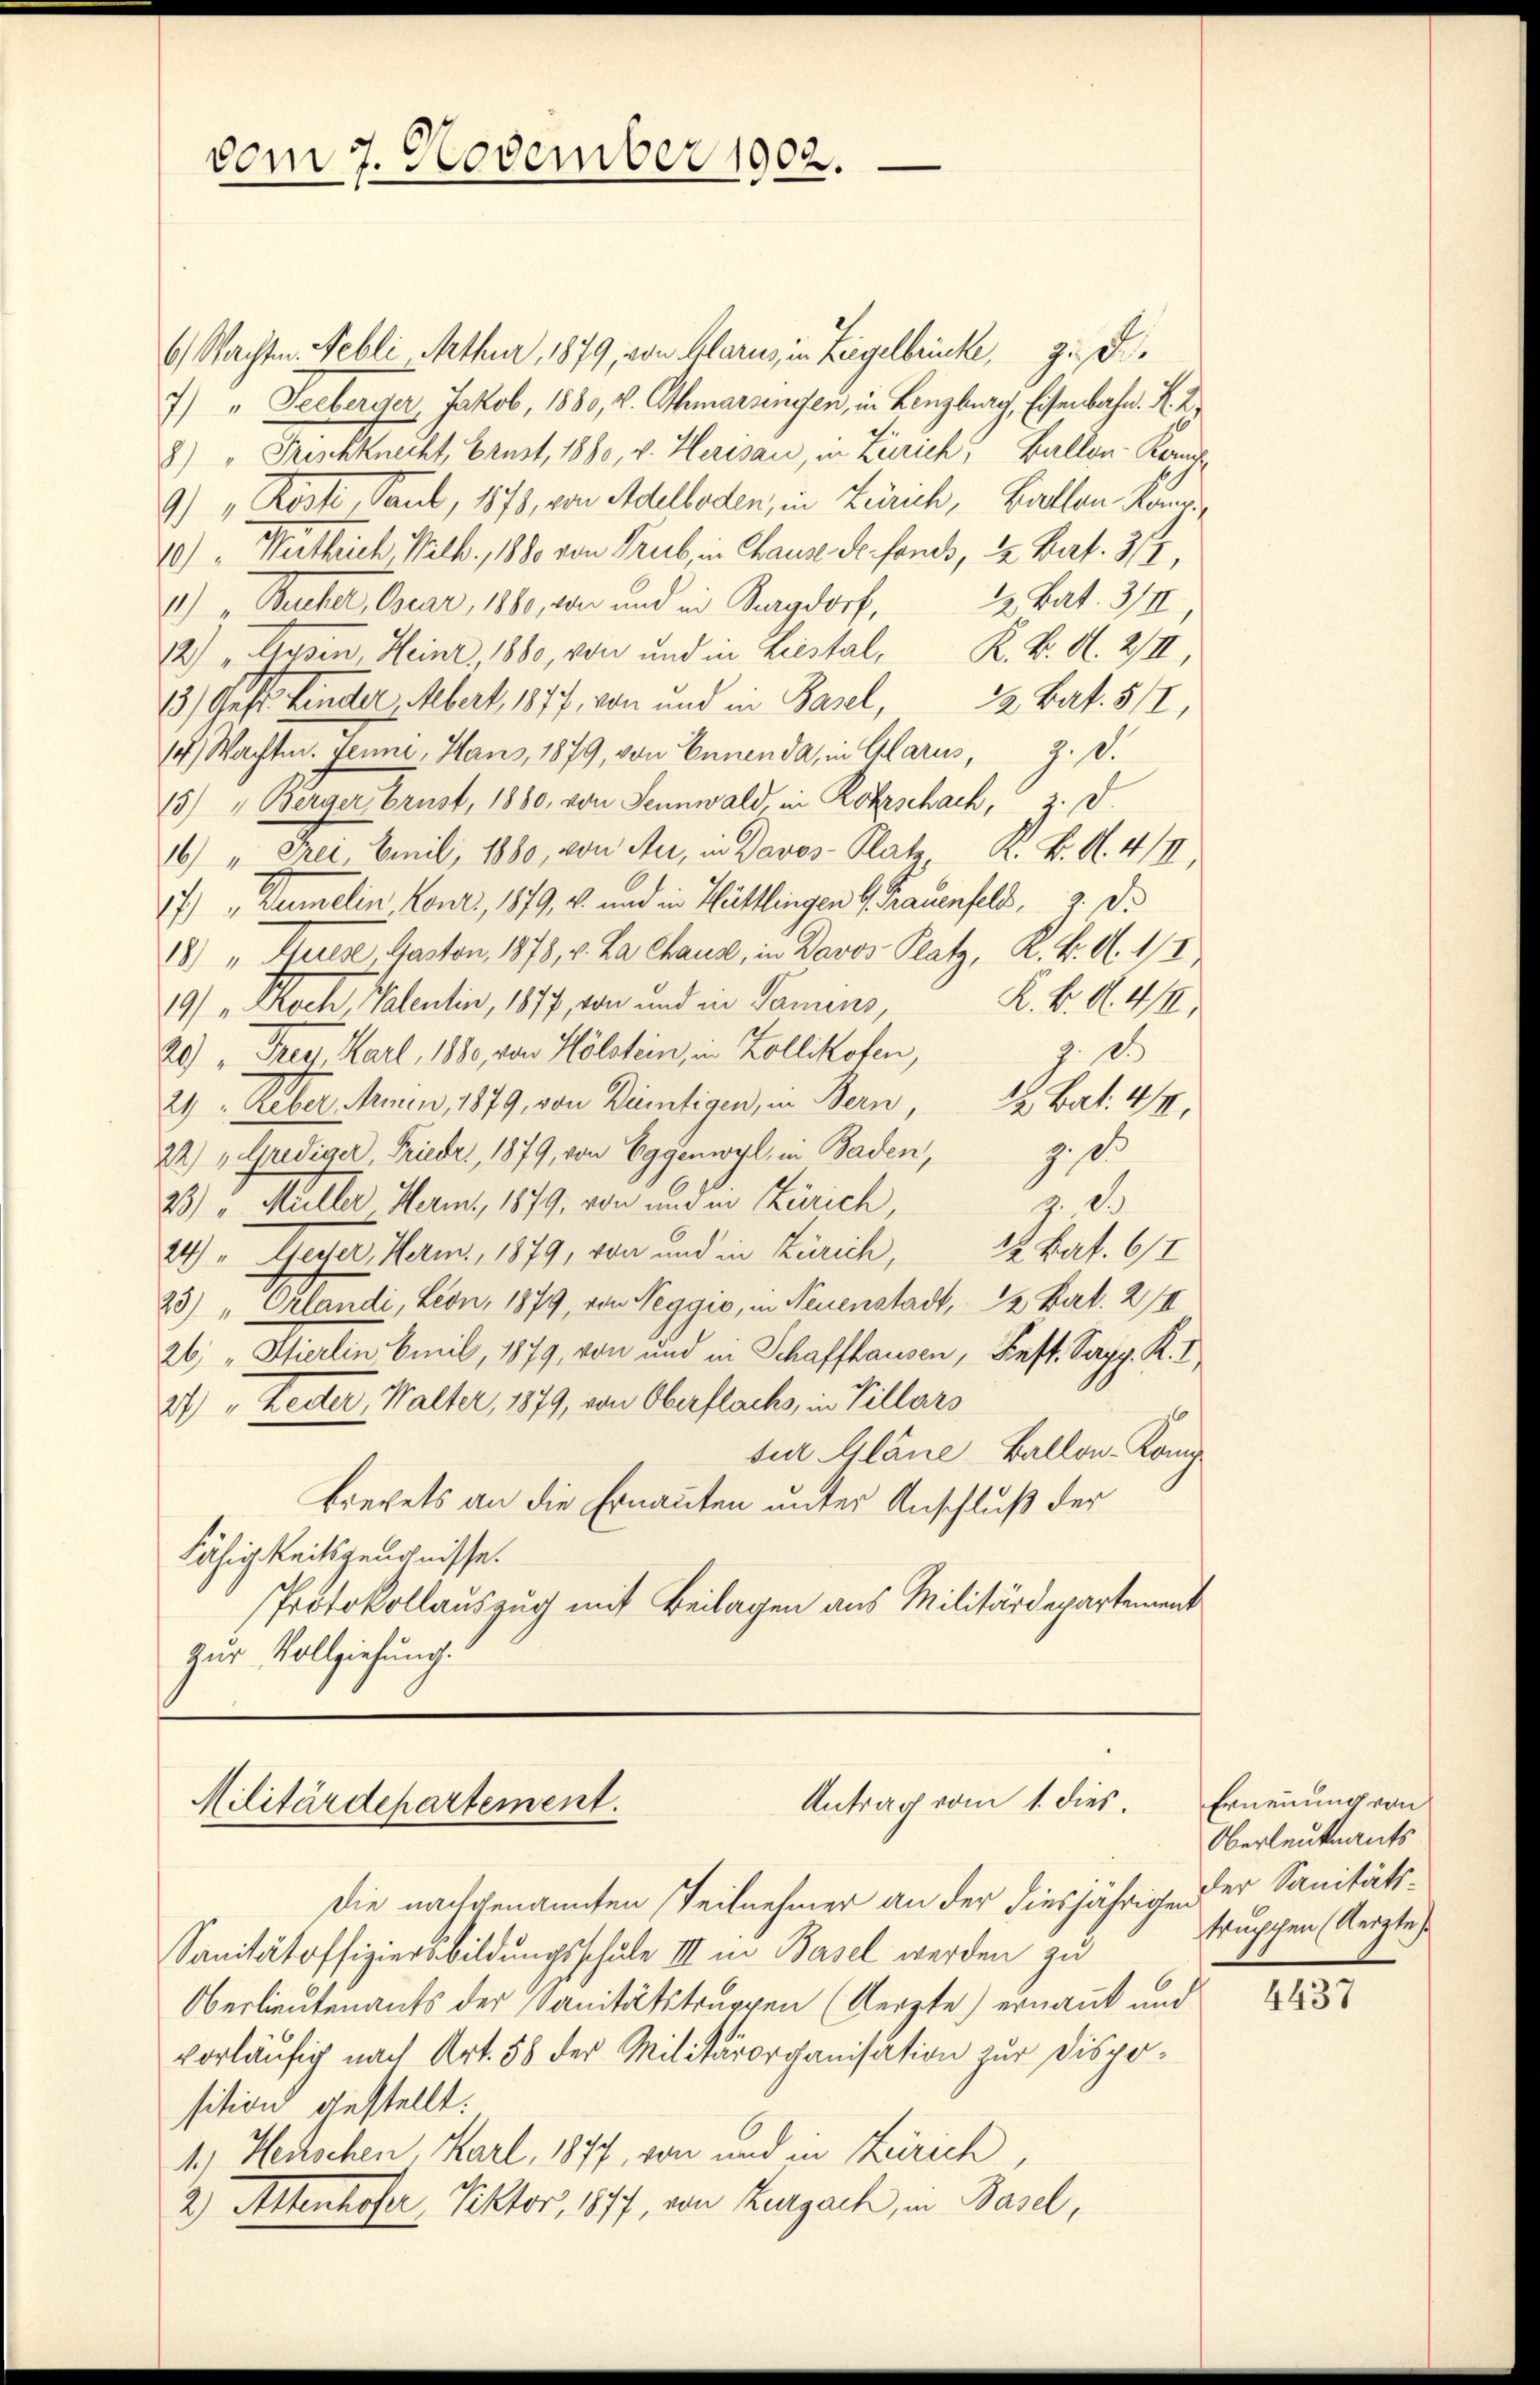
vom 7. November 1902.

6) Nachten. Febli Mthur, 1879, von Glarus in Liegelbrücke, ge¬
7) " Seeberger, Jakob, 1880, v. Athmarsengen, in Lenzburg, Eisenbahn. K. K.
8) " Frischknecht, Brust, 1880, v. Herisau, in Zürich, Ballon-Kanz¬
9.) " Rosse, Paul, 1873, von Adelboden, in Zürich, Ballen Rande
10.) " Kathrich, Walk., 1880 von Trub, in Chause Persones, 12 Part. 317,
1.) Bucher, Oser, 1880, wir und in Burgdorf, 22 Bat. III,
22) " Hasen, Heinr, 1880, von und in Liestal, K. K. A. 2/II,
13.) Geste Kinder Abert, 1877, von und in Basel,
22 Bat. 511,
14 Wachten. Jenne, Hans, 1879, von Ennenda, in Glarus, z. d.
15) Berger brust, 1880, von Sennwald, in Rohrschach, z. d.
16) " Frei Emil 1880 von Aer, in Davos- Platz, K. K. A. 4/II,
17) Demelin, Konzi, 1879, u. und in Hüttlingen G. Frauenfeld, 3. ds
18) " Herese Gaston, 1878, v. La Chaus, in Davos Platz, K. K. A. II,
K. K. A. 4/II.
19) " Koch, Valentin, 1877, von und eine Samens,
z. 15
20.) " Frey, Karl, 1880, von Hölstein, in Zollikofen,
21 Reber, Minin, 1879, von Dietigen, in Bern, Bat. 44,
22) „Grediger, Frieder, 1879, von Eggenwyl, in Baden, z. d.
. 25.
23) " Müller Heris, 1879, von und in Zürich,
24). Geiser, Herm., 1879, von und in Zürich, 12 Part. 612
25) Orlandi, Leon, 1879, von Reggio, in Neuenstadt, 12 Bat. 214
26: „Stierlin Emil, 1879, von und in Schaffhausen, Fest. Sapp. K. I
27 " Reiter, Walter, 1879, von Oberflachs, in Villars
tur Gläne Ballon-Kamp
Brevets an die Ernannten unter Anschluß der
Fähigkeitszeugnisse.
Protokollauszug mit Beilagen aus Militärdepartement
zur Vollziehung.

Antrag vom 1. dies
Militärdepartement.

Die nachgenannten Teilnehmer an der diesjährigen der Sanitäts¬
Sanität offiziersbildungsschule III in Basel werden zu
Oberlieutenants der Sanitätstruppen (Aerzte) ernannt und
vorläufig nach Art. 58 der Militärorganisation zur Disposition gestellt.
4.) Heckschen, Karl, 1877, von und in Zürich
2 Attenhofer, Rektor, 1877, von Zurzach, in Basel,

Ernennung von
Oberleutnants
fruchchen (Aerzte

4437